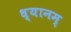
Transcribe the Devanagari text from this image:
ध्यानम्